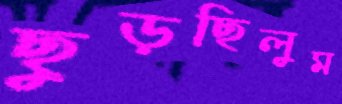
ছুড়ছিলুম